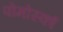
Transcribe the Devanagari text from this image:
पोमोर्स्का